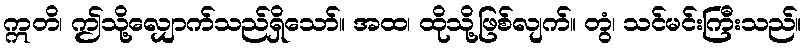
ဣတိ၊ ဤသို့လျှောက်သည်ရှိသော်။ အထ၊ ထိုသို့ဖြစ်လျက်။ တွံ၊ သင်မင်းကြီးသည်။